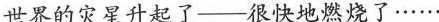
世界的灾星升起了—很快地燃烧了······